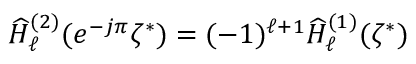
\widehat { H } _ { \ell } ^ { ( 2 ) } ( e ^ { - j \pi } \zeta ^ { * } ) = ( - 1 ) ^ { \ell + 1 } \widehat { H } _ { \ell } ^ { ( 1 ) } ( \zeta ^ { * } )